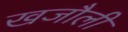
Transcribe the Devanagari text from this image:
खजौली